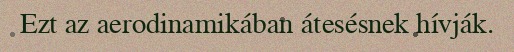
Ezt az aerodinamikában átesésnek hívják.